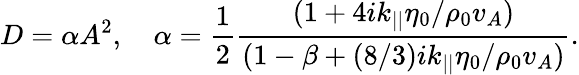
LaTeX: D=\alpha A^{2},\quad\alpha=\frac{1}{2}\frac{(1+4ik_{||}\eta_{0}/\rho_{0}v_{A})}{(1-\beta+(8/3)ik_{||}\eta_{0}/\rho_{0}v_{A})}.